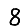
Digit: 8